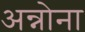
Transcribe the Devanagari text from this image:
अन्नोना